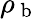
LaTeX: \rho_{\mathrm{~b~}}